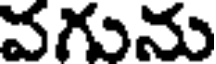
వగును